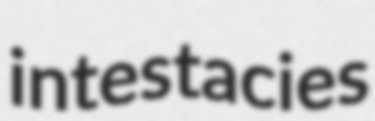
intestacies